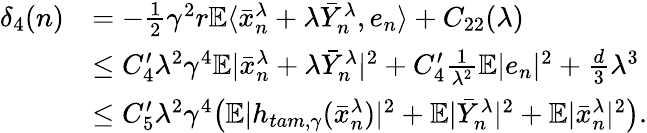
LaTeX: \begin{array}{rl}{\delta_{4}(n)}&{=-\frac{1}{2}\gamma^{2}r\mathbb{E}\langle\bar{x}_{n}^{\lambda}+\lambda\bar{Y}_{n}^{\lambda},e_{n}\rangle+C_{22}(\lambda)}\\ &{\leq C_{4}^{\prime}\lambda^{2}\gamma^{4}\mathbb{E}|\bar{x}_{n}^{\lambda}+\lambda\bar{Y}_{n}^{\lambda}|^{2}+C_{4}^{\prime}\frac{1}{\lambda^{2}}\mathbb{E}|e_{n}|^{2}+\frac{d}{3}\lambda^{3}}\\ &{\leq C_{5}^{\prime}\lambda^{2}\gamma^{4}\big(\mathbb{E}|h_{tam,\gamma}(\bar{x}_{n}^{\lambda})|^{2}+\mathbb{E}|\bar{Y}_{n}^{\lambda}|^{2}+\mathbb{E}|\bar{x}_{n}^{\lambda}|^{2}\big).}\end{array}